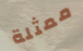
ممثلة